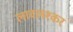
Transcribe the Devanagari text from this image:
लावलश्कर